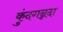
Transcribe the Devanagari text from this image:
कुंदगन्नदा